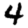
Digit: 4